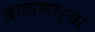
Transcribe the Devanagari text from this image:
वाहाणाऱ्या